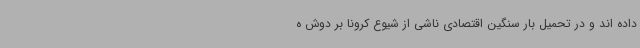
داده اند و در تحمیل بار سنگین اقتصادی ناشی از شیوع کرونا بر دوش ه